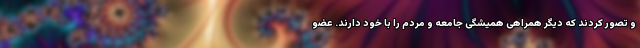
و تصور کردند که دیگر همراهی همیشگی جامعه و مردم را با خود دارند. عضو